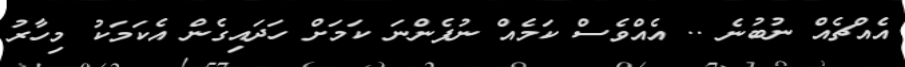
އެއްޗެއް ނުބުނެ .. އެއްވެސް ކަމެއް ނުފެންނަ ކަމަށް ހަދައިގެން އެކަމަކު މިހާރު